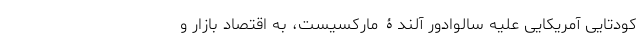
کودتایی آمریکایی علیه سالوادور آلندۀ مارکسیست، به اقتصاد بازار و